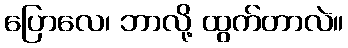
ပြောလေ၊ ဘာလို့ ထွက်တာလဲ။